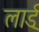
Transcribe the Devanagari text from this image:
लार्ड्‌